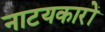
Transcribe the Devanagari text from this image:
नाटयकारों